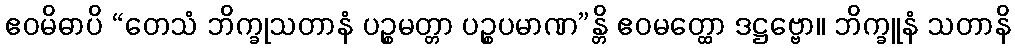
ဧဝမိဓာပိ “တေသံ ဘိက္ခုသတာနံ ပဉ္စမတ္တာ ပဉ္စပမာဏ”န္တိ ဧဝမတ္ထော ဒဋ္ဌဗ္ဗော။ ဘိက္ခူနံ သတာနိ